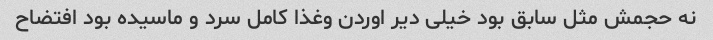
نه حجمش مثل سابق بود خیلی دیر اوردن وغذا کامل سرد و ماسیده بود افتضاح